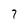
Character: 7